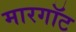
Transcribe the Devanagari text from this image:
मारगॉट